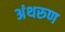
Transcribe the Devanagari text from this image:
अंथरुण